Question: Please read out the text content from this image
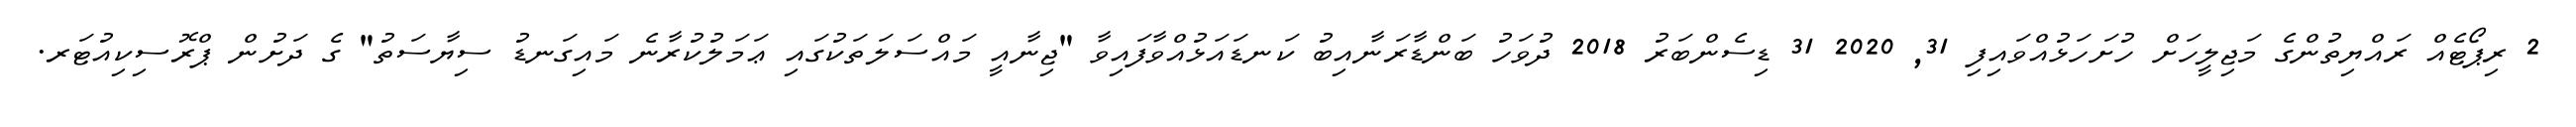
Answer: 2 ރިޕޯޓެއް ރައްޔިތުންގެ މަޖިލީހަށް ހުށަހަޅުއްވައިފި 31, 2020 31 ޑިސެންބަރު 2018 ދުވަހު ބަންޑާރަނާއިބު ކަނޑައަޅުއްވާފައިވާ "ޖިނާއީ މައްސަލަތަކުގައި ޢަމަލުކުރާނެ މައިގަނޑު ސިޔާސަތު" ގެ ދަށުން ޕްރޮސިކިއުޓަރ.